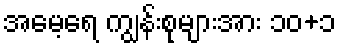
အမေ့ရေ ကျွန်းစုများအား ၁၀+၁